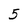
Character: 5